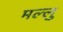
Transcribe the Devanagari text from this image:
मल्लु